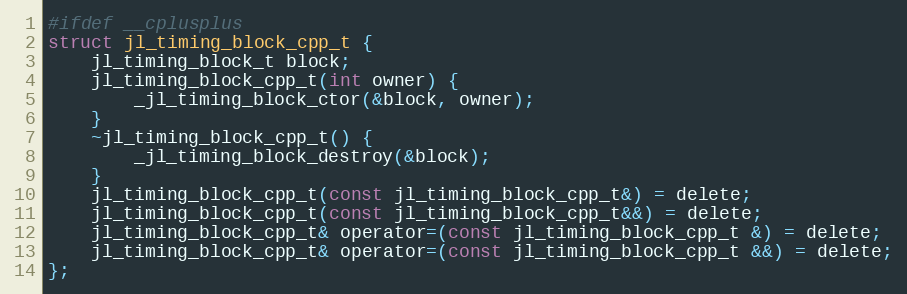
Language: C
#ifdef __cplusplus
struct jl_timing_block_cpp_t {
    jl_timing_block_t block;
    jl_timing_block_cpp_t(int owner) {
        _jl_timing_block_ctor(&block, owner);
    }
    ~jl_timing_block_cpp_t() {
        _jl_timing_block_destroy(&block);
    }
    jl_timing_block_cpp_t(const jl_timing_block_cpp_t&) = delete;
    jl_timing_block_cpp_t(const jl_timing_block_cpp_t&&) = delete;
    jl_timing_block_cpp_t& operator=(const jl_timing_block_cpp_t &) = delete;
    jl_timing_block_cpp_t& operator=(const jl_timing_block_cpp_t &&) = delete;
};